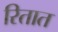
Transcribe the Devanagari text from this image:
रितात